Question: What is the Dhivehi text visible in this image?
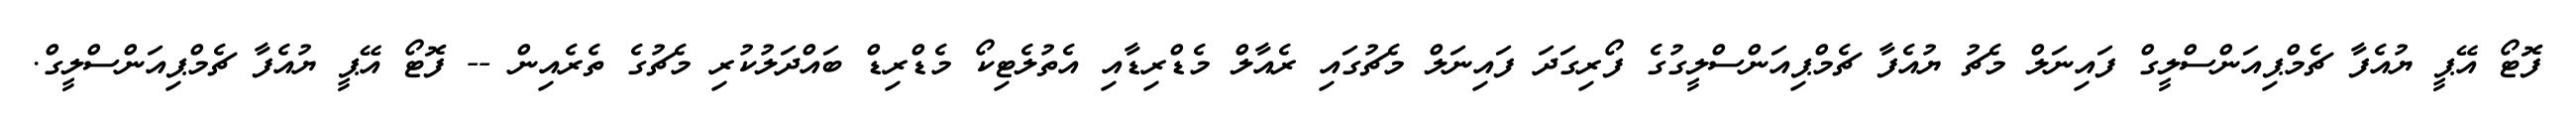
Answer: ފޮޓޯ އޭޕީ ޔުއެފާ ޗެމްޕިއަންސްލީގް ފައިނަލް މެޗު ޔުއެފާ ޗެމްޕިއަންސްލީގުގެ ފޯރިގަދަ ފައިނަލް މެޗުގައި ރެއާލް މެޑްރިޑާއި އެތުލެޓިކޯ މެޑްރިޑް ބައްދަލުކުރި މެޗުގެ ތެރެއިން -- ފޮޓޯ އޭޕީ ޔުއެފާ ޗެމްޕިއަންސްލީގް.